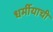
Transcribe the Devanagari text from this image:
धर्मीयाची